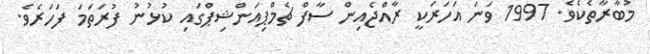
މުބާރާތެކެވެ. 1997 ވަނަ އަހަރަކީ ރާއްޖެއިން ސާފް ޗެމްޕިއަންޝިޕްގައި ކުޅުނު ފުރަތަމަ ފަހަރެވެ.